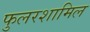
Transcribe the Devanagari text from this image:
फुलरशामिल